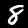
Label: 8